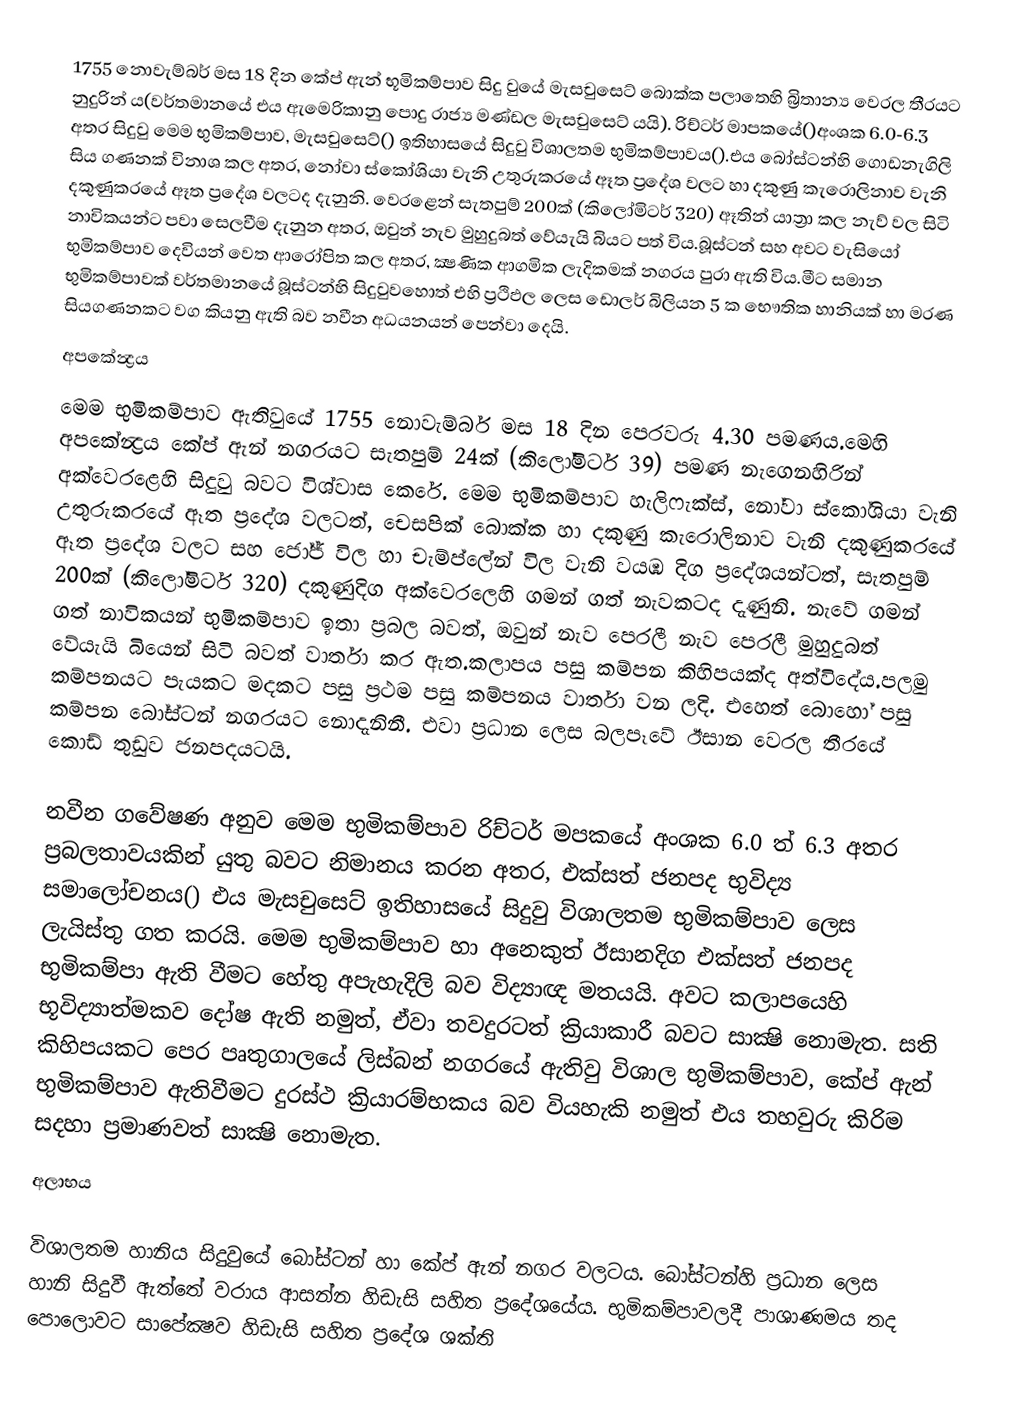
1755 නොවැම්බර් මස 18 දින කේප් ඇන් භූමිකම්පාව සිදු වුයේ මැසචුසෙට් බොක්ක පලාතෙහි ‍බ්‍රිතාන්‍ය වෙරල තීරයට නුදුරින්‍ ය(වර්තමානයේ එය ඇමෙරිකානු පොදු රාජ්‍ය මණ්ඩල මැසචුසෙට් යයි). රිච්ටර් මාපකයේ()අංශක 6.0-6.3 අතර සිදුවු මෙම භුමිකම්පාව, මැසචුසෙට්() ඉතිහාසයේ සිදුවු විශාලතම  භුමිකම්පාවය().එය බෝස්ටන්හි ගොඩනැගිලි සිය ගණනක් විනාශ කල අතර, නෝවා ස්කෝශියා වැනි උතුරුකරයේ ඈත ප්‍රදේශ වලට හා දකුණු කැරොලිනාව වැනි දකුණුකරයේ ඈත ප්‍රදේශ වලටද දැනුනි. වෙරළෙන් සැතපුම් 200ක් (කිලෝමිටර් 320) ඈතින් යාත්‍රා කල නැව් වල සිටි නාවිකයන්ට පවා සෙලවීම දැනුන අතර, ඔවුන් නැව මුහුදුබත් වේයැයි බියට පත් විය.බූස්ටන් සහ අවට වැසියෝ භුමිකම්පාව දෙවියන් වෙත ආරෝපිත කල අතර, ක්‍ෂණික ආගමික ලැදිකමක් නගරය පුරා ඇති විය.මීට සමාන භුමිකම්පාවක් වර්තමානයේ  බූස්ටන්හි සිදුවුවහොත් එහි ප්‍රථිඵල ලෙස ඩොලර් බිලියන 5 ක භෞතික හානියක් හා මරණ සියගණනකට වග කියනු ඇති බව නවීන අධ‍‍ය‍නයන් පෙන්වා දෙයි.
 අපකේන්‍ද්‍රය
මෙම භුමිකම්පාව ඇතිවුයේ 1755 නොවැම්බර් මස 18 දින පෙරවරු 4.30 පමණය.මෙහි අපකේන්‍ද්‍රය කේප් ඇන් නගරයට සැතපුම් 24ක් (කිලෝමිටර් 39) පමණ නැගෙනහිරින් අක්වෙරළෙහි සිදුවු බවට විශ්වාස කෙරේ. මෙම භුමිකම්පාව හැලිෆැක්ස්, නෝවා ස්කෝශියා වැනි උතුරුකරයේ ඈත ප්‍රදේශ වලටත්, චෙසපික් බොක්ක හා දකුණු කැරොලිනාව වැනි දකුණුකරයේ ඈත ප්‍රදේශ වලට සහ ජෝජ් විල හා චැම්ප්ලේන් විල වැනි වයඹ දිග ප්‍රදේශයන්ටත්, සැතපුම් 200ක් (කිලෝමිටර් 320) දකුණුදිග අක්වෙරලෙහි ගමන් ගත් නැවකටද දැණුනි. නැවේ ගමන් ගත් නාවිකයන් භුමිකම්පාව ඉතා ප්‍රබල බවත්, ඔවුන් නැව පෙරලී නැව පෙරලී මුහුදුබත් වේයැයි බියෙන් සිටි බවත් වාර්තා කර ඇත.කලාපය පසු කම්පන කිහිපයක්ද අත්විදේය.පලමු කම්පනයට පැයකට මදකට පසු ප්‍රථම පසු කම්පනය වාර්තා වන ලදි. එහෙත් බොහෝ පසු කම්පන බෝස්ටන් නගරයට නොදැනිනී. එවා ප්‍රධාන ලෙස බලපෑවේ ඊසාන වෙරල තීරයේ කොඩ් තුඩුව ජනපදයටයි.

නවීන ගවේෂණ අනුව මෙම භුමිකම්පාව රිච්ටර් මපකයේ අංශක 6.0 ත් 6.3 අතර ප්‍රබලතාවයකින් යුතු බවට නිමානය කරන අතර, එක්සත් ජනපද භුවිද්‍ය සමාලෝචනය() එය මැසචුසෙට් ඉතිහාසයේ සිදුවු විශාලතම  භුමිකම්පාව ලෙස ලැයිස්තු ගත කරයි.  මෙම භුමිකම්පාව හා අනෙකුත් ඊසානදිග එක්සත් ජනපද භුමිකම්පා ඇති වීමට හේතු අපැහැදිලි බව විද්‍යාඥ මතයයි. අවට කලාපයෙහි භූවිද්‍යාත්මකව දෝෂ ඇති නමුත්, ඒවා තවදුරටත් ‍ක්‍රියාකාරී බවට සාක්‍ෂි නොමැත. සති කිහිපයකට පෙර පෘතුගාලයේ ලිස්බන් නගරයේ ඇතිවු විශාල භුමිකම්පාව, කේප් ඇන් භුමිකම්පාව ඇතිවීමට දුරස්ථ ක්‍රියාරම්භකය බව වියහැකි නමුත් එය තහවුරු කිරිම සදහා ප්‍රමාණවත් සාක්‍ෂි නොමැත.
 අලාභය

විශාලතම හානිය සිදුවුයේ බෝස්ටන් හා කේප් ඇන් නගර වලටය. බෝස්ටන්හි ප්‍රධාන ලෙස හානි සිදුවී ඇත්තේ වරාය ආසන්න හිඩැසි සහිත ප්‍රදේශයේය. භුමිකම්පාවලදී පාශාණමය තද පොලොවට සාපේක්‍ෂව  හිඩැසි සහිත ප්‍රදේශ ශක්ති